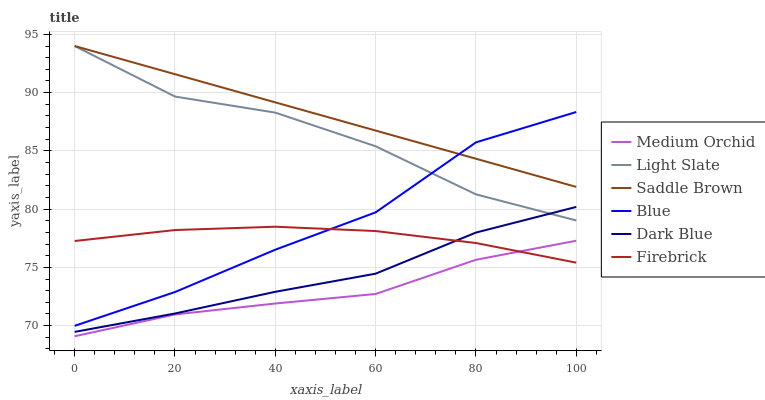
| xaxis_label | Medium Orchid | Light Slate | Saddle Brown | Blue | Dark Blue | Firebrick |
 | --- | --- | --- | --- | --- | --- | --- |
 | 0 | 69.1 | 94 | 94 | 70 | 69.5 | 77.3 |
 | 20 | 71 | 89.7 | 91.6 | 72.9 | 71 | 78.2 |
 | 40 | 71.9 | 88.3 | 89.2 | 76.5 | 72.9 | 78.5 |
 | 60 | 72.7 | 85.4 | 86.7 | 79.7 | 74.5 | 78.1 |
 | 80 | 75.7 | 81.3 | 84.3 | 85.7 | 78 | 77.1 |
 | 100 | 77.3 | 79 | 81.9 | 88.3 | 80.2 | 75.4 |